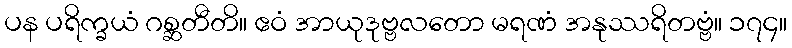
ပန ပရိက္ခယံ ဂစ္ဆတီတိ။ ဧဝံ အာယုဒုဗ္ဗလတော မရဏံ အနုဿရိတဗ္ဗံ။ ၁၇၄။